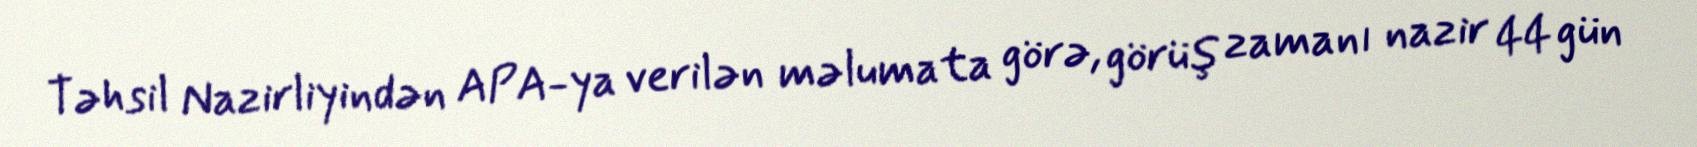
Təhsil Nazirliyindən APA-ya verilən məlumata görə, görüş zamanı nazir 44 gün